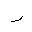
Letter: _ra